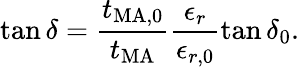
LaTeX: \tan{\delta}=\frac{t_{\mathrm{MA,0}}}{t_{\mathrm{MA}}}\frac{\epsilon_{r}}{\epsilon_{r,0}}\tan{\delta_{0}}.